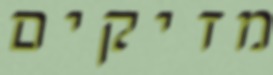
מזיקים